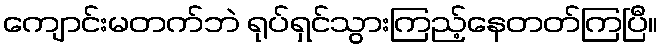
ကျောင်းမတက်ဘဲ ရုပ်ရှင်သွားကြည့်နေတတ်ကြပြီ။